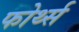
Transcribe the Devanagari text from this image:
फोर्थ्स